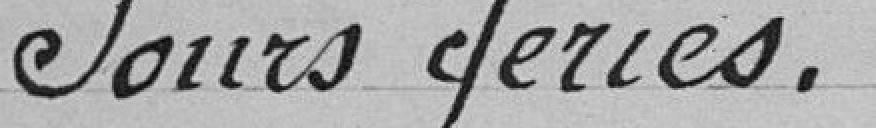
Jours fériés